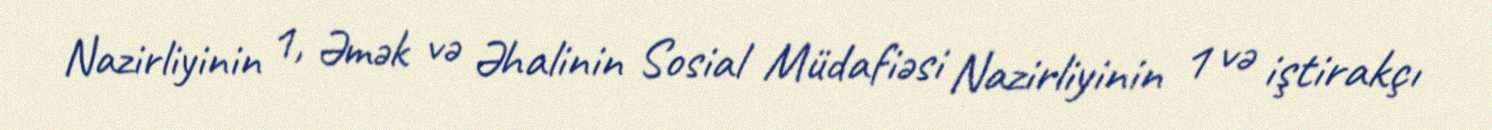
Nazirliyinin 1, Əmək və Əhalinin Sosial Müdafiəsi Nazirliyinin 1 və iştirakçı